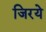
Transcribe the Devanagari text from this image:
जिरये